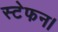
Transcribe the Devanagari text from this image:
स्टेफन।